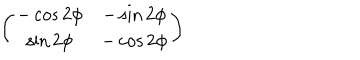
\left( \begin{array} { c c } { { - \cos 2 \phi } } & { { - \sin 2 \phi } } \\ { { \sin 2 \phi } } & { { - \cos 2 \phi } } \\ \end{array} \right)